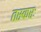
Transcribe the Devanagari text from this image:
तस्करः